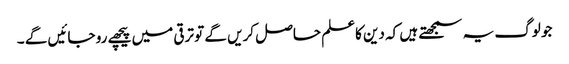
جو لوگ یہ سمجھتے ہیں کہ دین کاعلم حاصل کریں گے تو ترقی میں پیچھے رو جائیں گے ۔